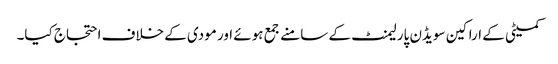
کمیٹی کے اراکین سویڈن پارلیمنٹ کے سامنے جمع ہوئے اور مودی کے خلاف احتجاج کیا۔